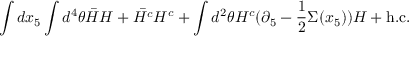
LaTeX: \int d x _ { 5 } \int d ^ { 4 } \theta \bar { H } H + \bar { H ^ { c } } H ^ { c } + \int d ^ { 2 } \theta H ^ { c } ( \partial _ { 5 } - \frac { 1 } { 2 } \Sigma ( x _ { 5 } ) ) H + \mathrm { h . c . }